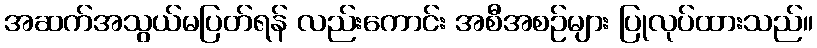
အဆက်အသွယ်မပြတ်ရန် လည်းကောင်း အစီအစဉ်များ ပြုလုပ်ထားသည်။